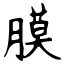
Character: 膜